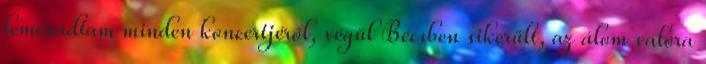
lemaradtam minden koncertjéről, végül Bécsben sikerült, az álom valóra